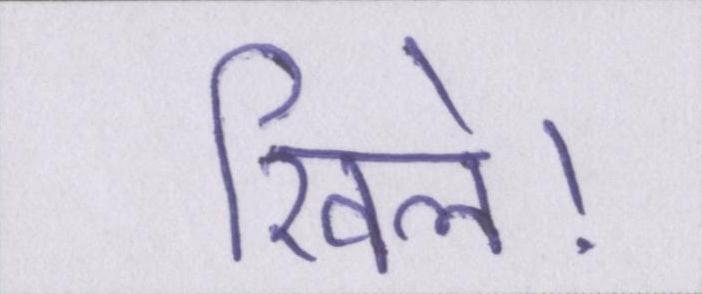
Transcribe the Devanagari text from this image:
खिले।